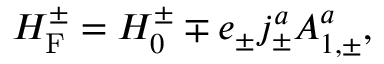
{ \cal H } _ { \mathrm { F } } ^ { \pm } = { \cal H } _ { 0 } ^ { \pm } \mp e _ { \pm } j _ { \pm } ^ { a } A _ { 1 , \pm } ^ { a } ,